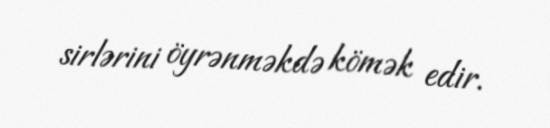
sirlərini öyrənməkdə kömək edir.